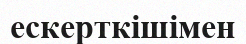
ескерткішімен